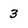
Character: 3